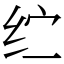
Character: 纻